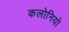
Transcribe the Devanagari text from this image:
कलोनियो